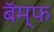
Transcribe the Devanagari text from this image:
बॅम्फ